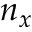
n _ { x }